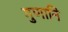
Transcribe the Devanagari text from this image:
गुणानि